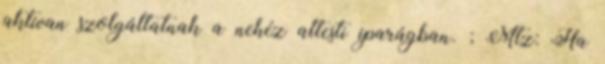
aktívan szolgáltatnak a nehéz altesti iparágban. ; Mtz: Ha